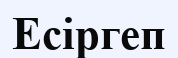
Есіргеп